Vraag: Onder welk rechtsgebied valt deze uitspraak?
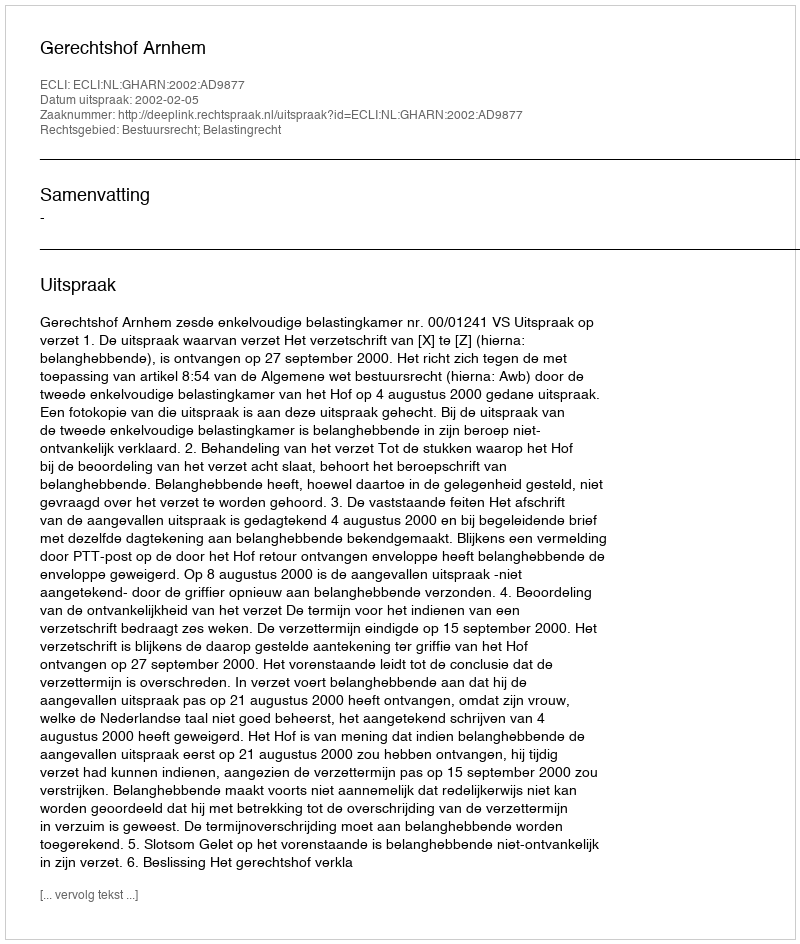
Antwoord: Bestuursrecht; Belastingrecht